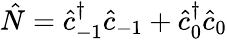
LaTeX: \hat{N}=\hat{c}_{-1}^{\dagger}\hat{c}_{-1}+\hat{c}_{0}^{\dagger}\hat{c}_{0}